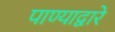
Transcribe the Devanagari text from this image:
पाण्याद्वारे